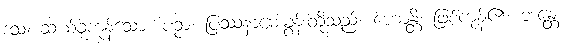
ဒသ၊ ဆယ်ခုကုန်သော။ ပဉှာ၊ ပြဿနာမေးခွန်းတို့သည်။ ဟောန္တိ၊ ဖြစ်ကုန်၏။ ဘန္တေ